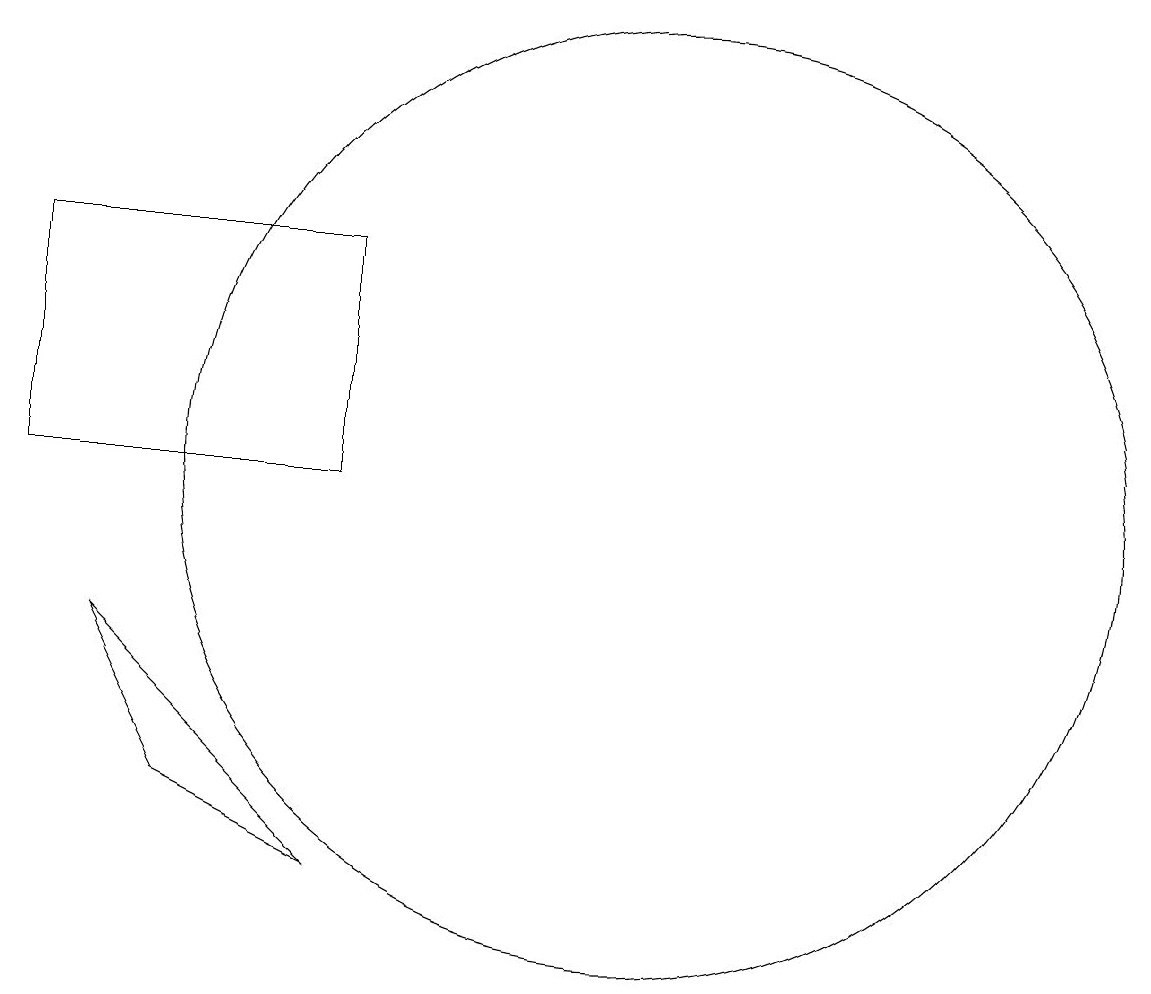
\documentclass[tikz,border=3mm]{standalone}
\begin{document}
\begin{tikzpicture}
\draw (6,10) rectangle (2,13);
\draw (10,10) circle (6);
\draw (3,8) -- (6,5) -- (4,6) -- cycle;
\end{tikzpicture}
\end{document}